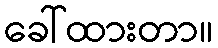
ခေါ်ထားတာ။